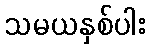
သမယနှစ်ပါး